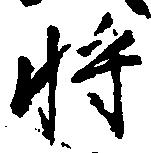
将